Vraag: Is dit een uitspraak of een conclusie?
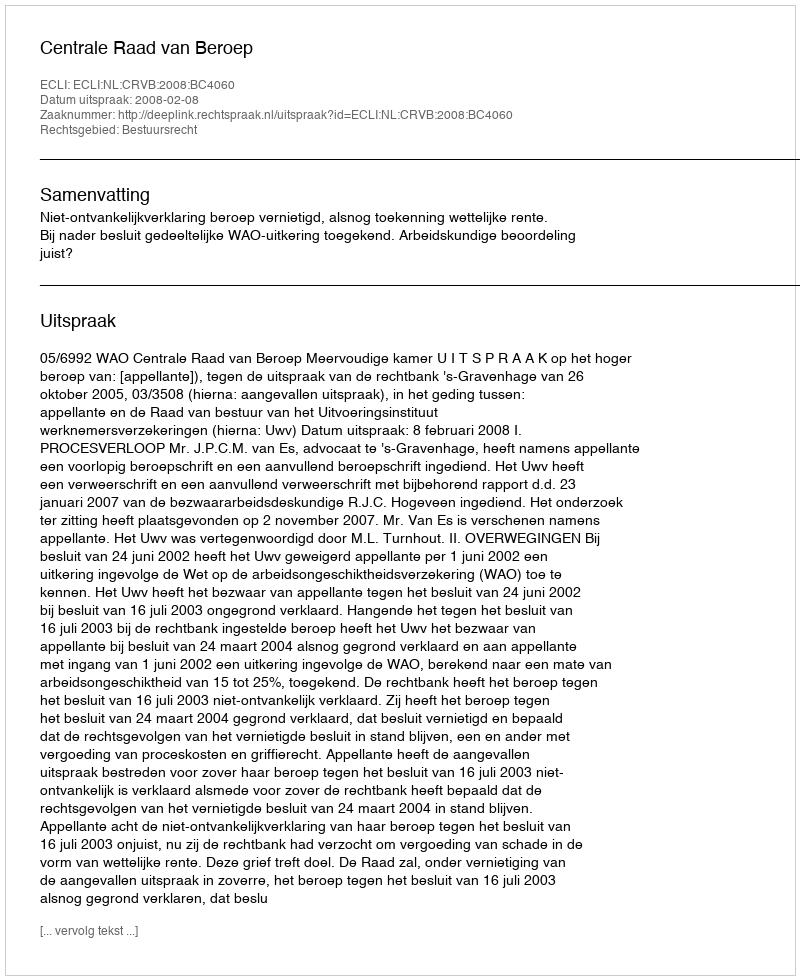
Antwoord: Uitspraak